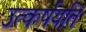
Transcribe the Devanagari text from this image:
उत्कर्षयति